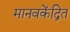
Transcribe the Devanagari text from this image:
मानवकेंद्रित